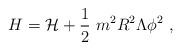
LaTeX: \begin{align*}H={\cal H}+\frac{1}{2}\ m^2R^2\Lambda \phi^2\ ,\end{align*}